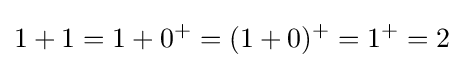
1+1=1+0^{+}=(1+0)^{+}=1^{+}=2